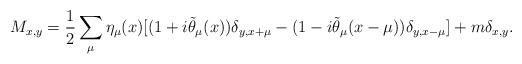
LaTeX: \begin{align*}M_{x,y}=\frac{1}{2}\sum_{\mu}\eta_{\mu}(x)[(1+i\tilde{\theta}_{\mu}(x))\delta_{y,x+\mu} -(1-i\tilde{\theta}_{\mu}(x-\mu))\delta_{y,x-\mu}]+m\delta_{x,y}.\end{align*}